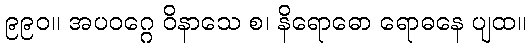
၉၉၀။ အပဝဂ္ဂေ ဝိနာသေ စ၊ နိရောဓော ရောဓနေ ပျထ။